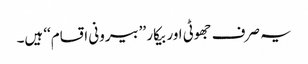
یہ صرف جھوٹی اور بیکار ’’بیرونی اقسام‘‘ ہیں۔